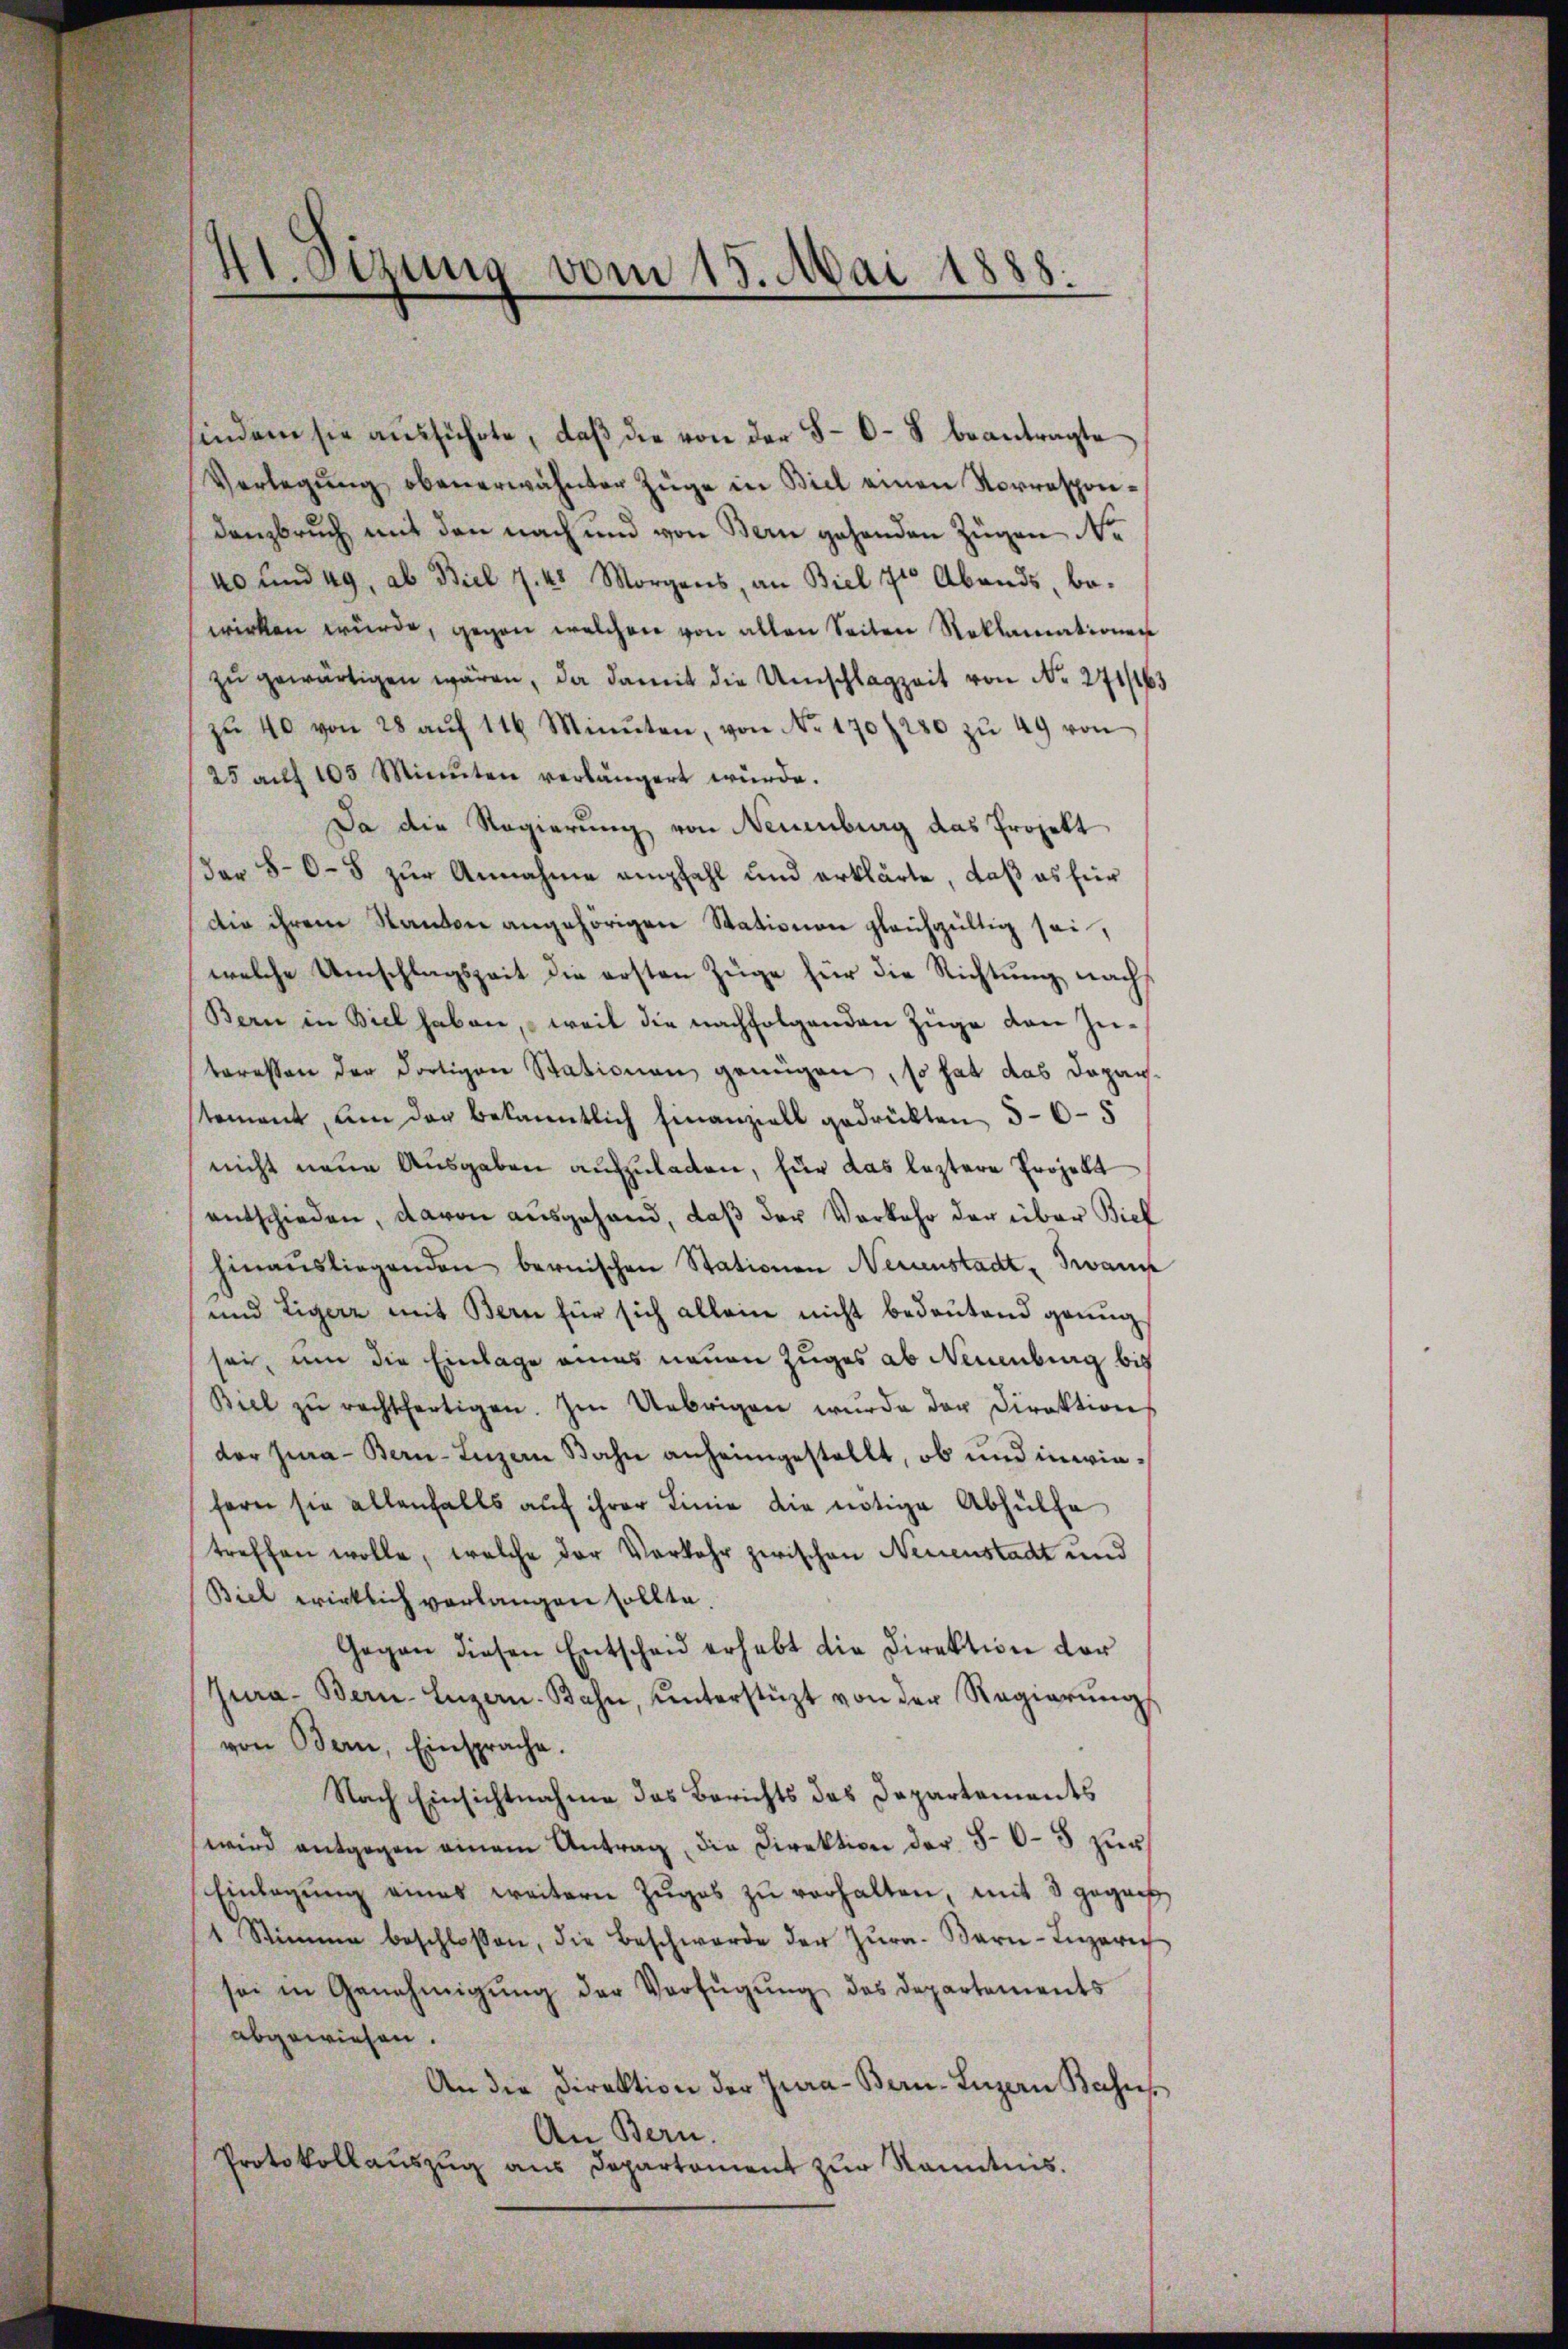
41. Sezung vom 15. Mai 1888.

findem sie ausführte, daß die von der 50 - 8 beantragte
Verlegŭng obenerwähnten Züge in Biel einen Vorrespondanzbruch mit den nach und von Bern gehenden Zügen Ne
40 und 49, ab Biel 7. 45 Morgens, an Biel 710 Abends, be-
wirken würde, gegen welchen von allen Seiten Reklamationen
zŭ gewärtigen wären, da damit die Umschlagzeit von No 271/63
zŭ 40 von 28 aŭf 116 Minuten, von No 170/220 zŭ 49 von
25 aŭf 105 Minuten verlängert würde.
Da die Regierung von Neuenburg das Projekt
Dar 80-5 zur Annahme empfahl und erklärte, daß es für
die ihrem Kanton angehörigen Stationen gleichgültig sei,
welche Umschlagszeit die ersten Züge für die Richtung nachs
Bern in Biel haben, weil die nachfolgenden Züge den Zuteressen der dortigen Stationen genügen, so hat das Daparstement, um der bekanntlich finanziell gedrückten, 5-6-5
nicht neue Ausgaben aufzuladen, für das leztere Projekt
entschieden, davon ausgehand, daß der Verkehr der über Biel
hinaŭsliegenden bernischen Stationen Neuenstadt, Zwanc
und Eigenz mit Bern für sich allein nicht bedeutend genug
sei, um die Einlage eines neuen Zuges ab Neuenburg bis
Biel zŭ rechtfertigen. Im Uebrigen wŭrde der Direktion
der Jura - Bern-Luzern Bahn anheimgestellt, ob und inwiefern sie allenfalls auf ihrer Linie die nötige Abhülfe
treffen wolle, welche der Verkehr zwischen Neuenstadt und
Biel wirklich verlangen sollte.
Gegen diesen Entscheid erhebt die Direktion der
Jura - Bern-Luzern. Bahn, ŭnterstüzt von der Regierŭngs
von Bern, Einsprache.
Nach Einsichtnahme das Berichts das Departements
wird entgegen einem Antrag die Direktion der 50-5 zŭr
Einlegŭng eines weitern Zŭges zŭ verhalten, mit 3 gegens
1 Stimme beschlossen, die Beschwerde der Zŭra. Bern-Luzern
sei in Genehmigŭng der Verfügŭng des Departements
abgewiesen.
An die Direktion der Jura-Bern-Luzern Bahns
An Bern.
Protokollaŭszŭg aŭs Departament zŭr Kenntnis.